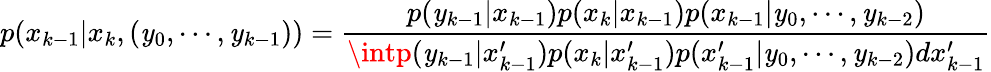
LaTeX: p(x_{k-1}|x_{k},(\mathit{y}_{0},\cdots,\mathit{y}_{k-1}))={\frac{{p(\mathit{y}_{k-1}|x_{k-1})p(x_{k}|x_{k-1})p(x_{k-1}|\mathit{y}_{0},\cdots,\mathit{y}_{k-2})}}{{\intp(\mathit{y}_{k-1}|x_{k-1}^{\prime})p(x_{k}|x_{k-1}^{\prime})p(x_{k-1}^{\prime}|\mathit{y}_{0},\cdots,\mathit{y}_{k-2})dx_{k-1}^{\prime}}}}